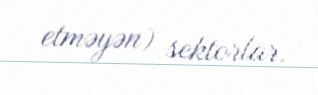
etməyən) sektorlar.